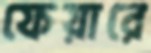
ফেয়ারে